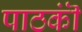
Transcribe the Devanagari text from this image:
पाठकॊं